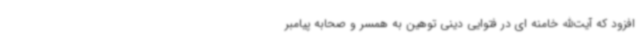
افزود که آیت‌الله خامنه ای در فتوایی دینی توهین به همسر و صحابه پیامبر